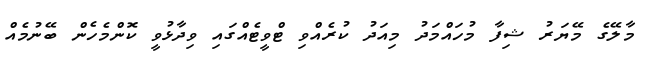
މާލޭގެ މޭޔަރު ޝިފާ މުހައްމަދު މިއަދު ކުރެއްވި ޓްވީޓެއްގައި ވިދާޅުވީ ކޮންމެހެން ބޭނުމެއް